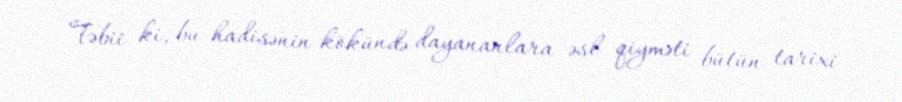
Təbii ki, bu hadisənin kökündə dayananlara əsl qiyməti bütün tarixi